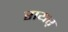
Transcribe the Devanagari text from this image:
रायर्